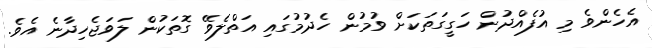
އެހެންވެ މި އުފެއްދުން ހަގީގަތަކަށް ވުމުން ހެދުމުގައި އަތްލެވޭ ގޮތަކުން ލަވަޖެހިދާނެ އެވެ.